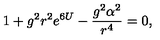
1 + g ^ { 2 } r ^ { 2 } e ^ { 6 U } - \frac { g ^ { 2 } \alpha ^ { 2 } } { r ^ { 4 } } = 0 ,